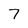
Character: 7